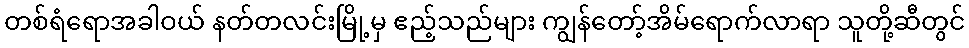
တစ်ရံရောအခါဝယ် နတ်တလင်းမြို့မှ ဧည့်သည်များ ကျွန်တော့်အိမ်ရောက်လာရာ သူတို့ဆီတွင်